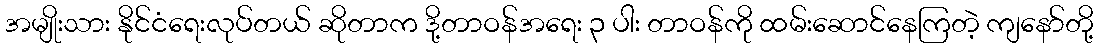
အမျိုးသား နိုင်ငံရေးလုပ်တယ် ဆိုတာက ဒို့တာဝန်အရေး ၃ ပါး တာဝန်ကို ထမ်းဆောင်နေကြတဲ့ ကျနော်တို့